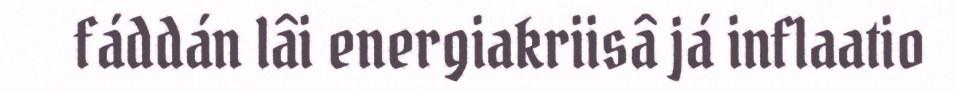
fáddán lâi energiakriisâ já inflaatio